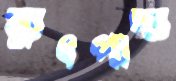
ব্যুৎপাদ্য